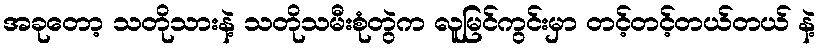
အခုတော့ သတိုသားနဲ့ သတိုသမီးစုံတွဲက လူမြင်ကွင်းမှာ တင့်တင့်တယ်တယ် နဲ့